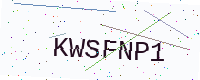
Text: KWSFNP1